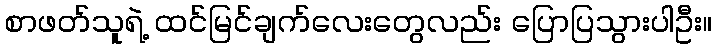
စာဖတ်သူရဲ့ ထင်မြင်ချက်လေးတွေလည်း ပြောပြသွားပါဦး။